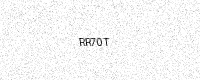
Text: RR70T